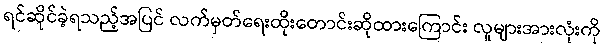
ရင်ဆိုင်ခဲ့ရသည့်အပြင် လက်မှတ်ရေးထိုးတောင်းဆိုထားကြောင်း လူများအားလုံးကို